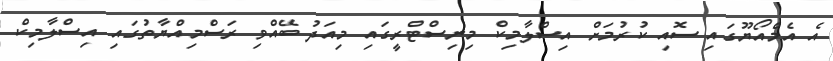
އެ އެމްއޯޔޫގައި ސޮއި ކުރުމަށް އިސްލާމިކް މިނިސްޓްރީގައި މިއަދު ބޭއްވި ރަސްމިއްޔާތުގައި އިސްލާމިކް